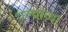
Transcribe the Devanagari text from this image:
पल्यांच्या